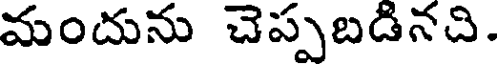
మందును చెప్పబడినచి.